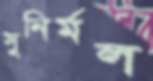
সুনির্মল